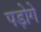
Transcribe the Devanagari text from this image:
पड़ोगे